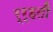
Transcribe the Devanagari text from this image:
र्र्हती